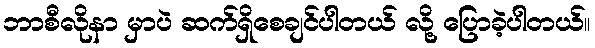
ဘာစီလိုနာ မှာပဲ ဆက်ရှိစေချင်ပါတယ် လို့ ပြောခဲ့ပါတယ်။